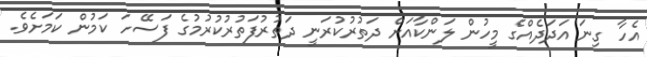
އެހާ ގިނަ އަދަދެއްގެ މީހުން ލަންކާއަށް ދަތުރުކުރަނީ ދަތުރުފަތުރުކުރުމުގެ ފަސޭހަ ކަމުން ކަމަށެވެ.